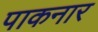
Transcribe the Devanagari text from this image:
पाकनार